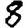
Digit: 8